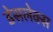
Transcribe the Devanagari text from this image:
डेसलेक्स